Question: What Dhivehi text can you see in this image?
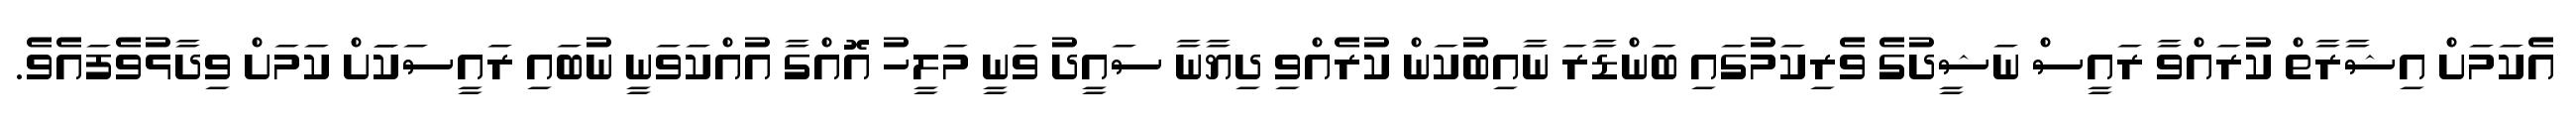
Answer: އެކަމަށް އިޝާރާތް ކުރައްވާ ރައީސް ނަޝީދުގެ ވެރިކަމުގައި ބަންޑާރަ ނާއިބުކަން ކުރެއްވި ދިޔާނާ ސައީދު ވަނީ މަލީހު އޮއްގާ އުއްކަވަނީ ނުބައި ރައީސަކަަށް ކަމަށް ވިދާޅުވެފައެވެ.